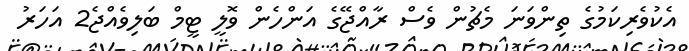
އެކުވެރިކަމުގެ ތިންވަނަ މެޗުން ވެސް ރާއްޖޭގެ އަންހެން ވޮލީ ޓީމް ބަލިވެއްޖެ2 އަހަރު